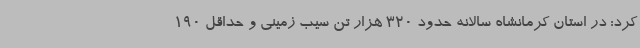
کرد: در استان کرمانشاه سالانه حدود 320 هزار تن سیب زمینی و حداقل 190